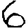
Digit: 6